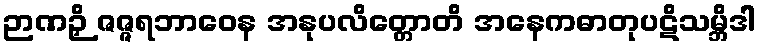
ဉာဏဉှိ ဇဇ္ဇရဘာဝေန အနုပလိတ္တောတိ အနေကဓာတုပဋိသမ္ဘိဒါ